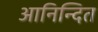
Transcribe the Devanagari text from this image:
आनिन्दित